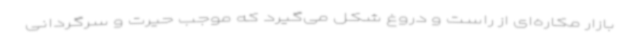
بازار مکاره‌ای از راست و دروغ شکل می‌گیرد که موجب حیرت و سرگردانی